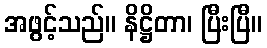
အဖွင့်သည်။ နိဋ္ဌိတာ၊ ပြီးပြီ။